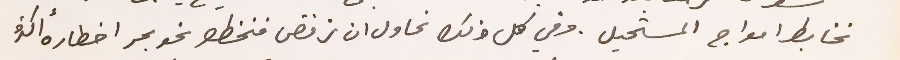
نخابط امواج المستحيل وفي كل ذلك نحاول ان نرفض فنخطو نحو بحر اخطاره أكثرُ